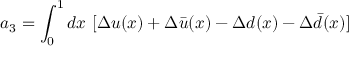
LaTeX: a _ { 3 } = \int _ { 0 } ^ { 1 } d x ~ [ \Delta u ( x ) + \Delta \bar { u } ( x ) - \Delta d ( x ) - \Delta \bar { d } ( x ) ]